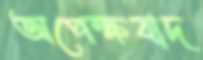
অপেক্ষবাদ